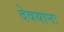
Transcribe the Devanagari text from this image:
देवयानः